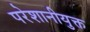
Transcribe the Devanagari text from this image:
परेशानीयुक्त